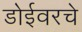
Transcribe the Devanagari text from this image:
डोईवरचे